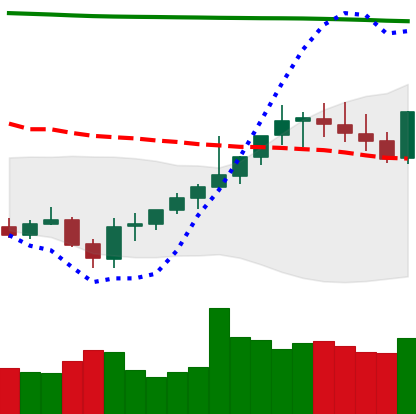
Ticker: XMR-USD
Chart end date: 2021-08-04
Forward return: 10.294%
Label: up_7plus